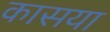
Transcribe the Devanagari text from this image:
कासया